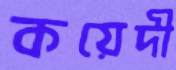
কয়েদী